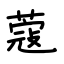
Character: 蔻